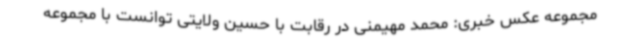
مجموعه عکس خبری: محمد مهیمنی در رقابت با حسین ولایتی توانست با مجموعه